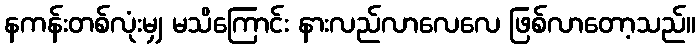
နကန်းတစ်လုံးမျှ မသိကြောင်း နားလည်လာလေလေ ဖြစ်လာတော့သည်။